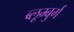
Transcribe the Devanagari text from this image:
ब्लूम्बुर्ग